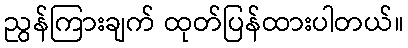
ညွန်ကြားချက် ထုတ်ပြန်ထားပါတယ်။